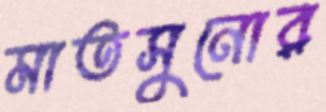
মাতসুনোর